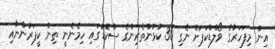
އިން މިފަހަރުގެ ވޯލްޑްކަޕަށް ނެގި 30 ކުޅުންތެރިންގެ ސްކޮޑުގައި ހިމެނެނީ ތިން ކީޕަރުންނާއި